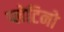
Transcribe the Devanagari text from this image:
प्लेटिनो